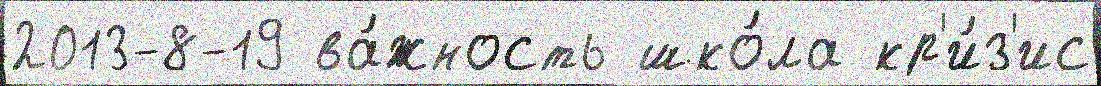
2013-8-19 ва́жность шко́ла кр'и́з'ис